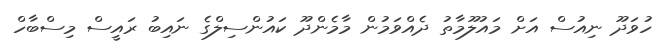
ހުވަދޫ ނިއުސް އަށް މައުލޫމާތު ދެއްވަމުން މާމެންދޫ ކައުންސިލްގެ ނައިބު ރައީސް މިސްބާހް